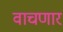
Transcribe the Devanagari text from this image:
वाचणार